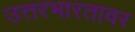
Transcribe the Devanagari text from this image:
उत्तरभारतावर